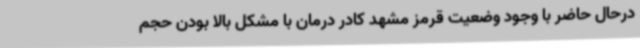
درحال حاضر با وجود وضعیت قرمز مشهد کادر درمان با مشکل بالا بودن حجم